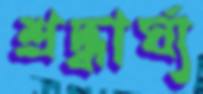
শ্রদ্ধার্ঘ্য